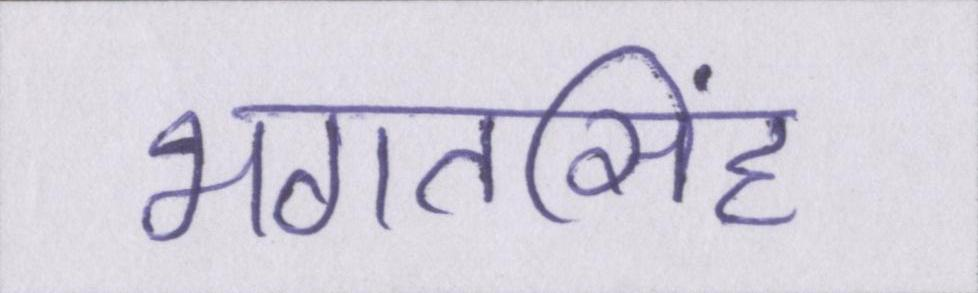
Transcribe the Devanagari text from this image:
भगतसिंह